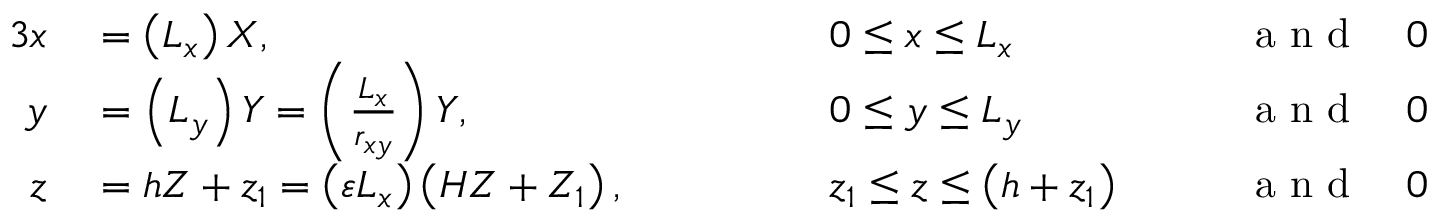
\begin{array} { r l r l r l } { { 3 } x } & { { } = \left( L _ { x } \right) X , \quad \quad \quad } & { } & { { } 0 \leq x \leq L _ { x } \quad } & { } & { { } \mathrm { ~ a ~ n ~ d ~ } \quad 0 \leq X \leq 1 , } \\ { y } & { { } = \left( L _ { y } \right) Y = \left( \frac { L _ { x } } { r _ { x y } } \right) Y , \quad \quad \quad } & { } & { { } 0 \leq y \leq L _ { y } \quad } & { } & { { } \mathrm { ~ a ~ n ~ d ~ } \quad 0 \leq Y \leq 1 , } \\ { z } & { { } = h Z + z _ { 1 } = \left( \varepsilon L _ { x } \right) \left( H Z + Z _ { 1 } \right) , \quad \quad \quad } & { } & { { } z _ { 1 } \leq z \leq \left( h + z _ { 1 } \right) \quad } & { } & { { } \mathrm { ~ a ~ n ~ d ~ } \quad 0 \leq Z \leq 1 , } \end{array}